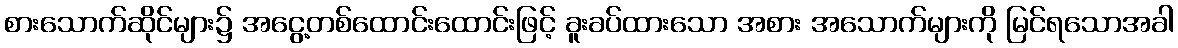
စားသောက်ဆိုင်များ၌ အငွေ့တစ်ထောင်းထောင်းဖြင့် ခူးခပ်ထားသော အစား အသောက်များကို မြင်ရသောအခါ